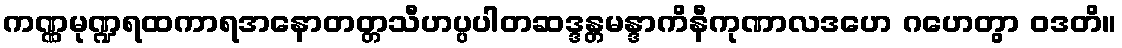
ကဏ္ဏမုဏ္ဍရထကာရအနောတတ္တသီဟပ္ပပါတဆဒ္ဒန္တမန္ဒာကိနီကုဏာလဒဟေ ဂဟေတွာ ဝဒတိ။